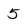
Character: 5